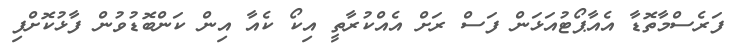
ފަރެސްމާތޮޑާ އެއާޕޯޓުއަޅަން ފަސް ރަށް އެއްކުރާތީ އިކޯ ކެއާ އިން ކަންބޮޑުވުން ފާޅުކޮށްފި